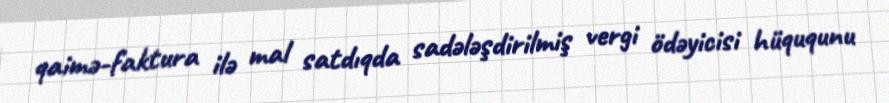
qaimə-faktura ilə mal satdıqda sadələşdirilmiş vergi ödəyicisi hüququnu